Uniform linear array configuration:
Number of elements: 16
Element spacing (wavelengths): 0.5
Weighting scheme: blackman
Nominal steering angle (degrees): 30
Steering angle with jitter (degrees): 29.898
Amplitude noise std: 0.05
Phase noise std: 0.05

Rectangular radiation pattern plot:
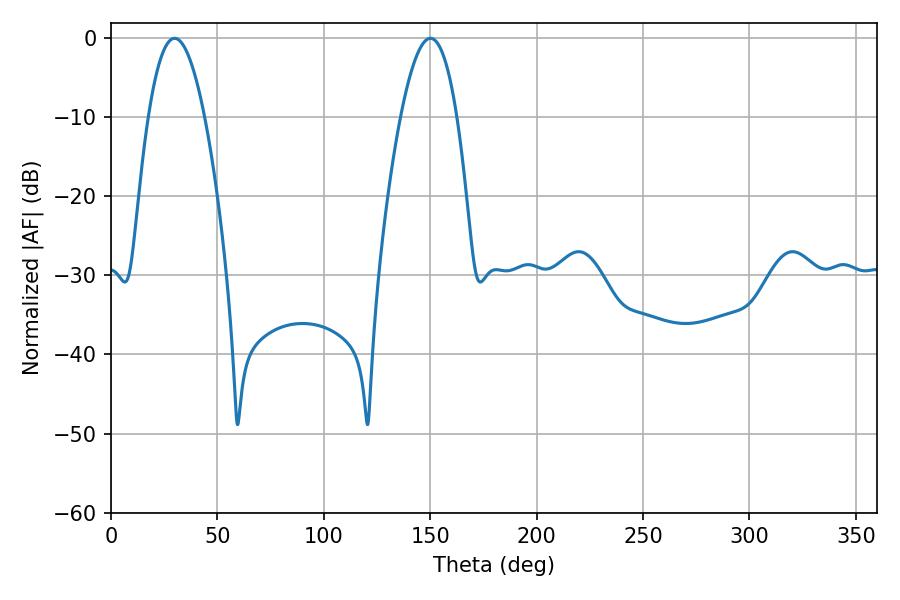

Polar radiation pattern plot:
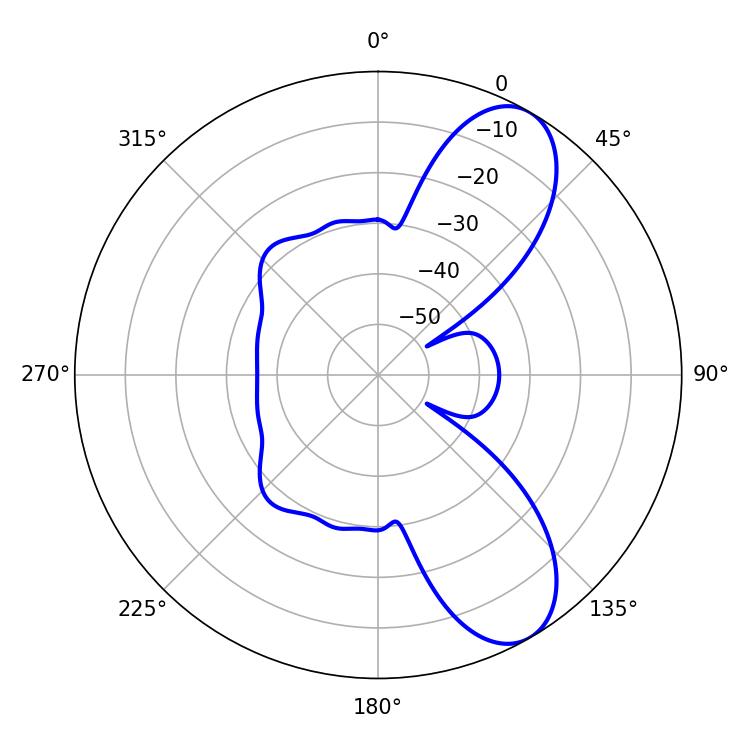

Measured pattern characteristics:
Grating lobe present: FALSE
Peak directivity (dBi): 8.66
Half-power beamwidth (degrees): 14.58
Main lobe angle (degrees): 29.88